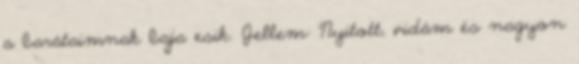
a barátaimnak baja esik. Jellem: Nyitott, vidám és nagyon